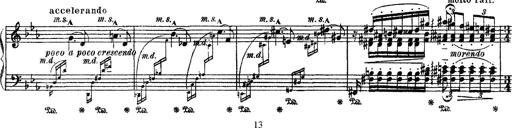
Title: Apparitions
Composer: Franz Liszt